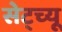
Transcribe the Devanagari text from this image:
सेट्च्यू